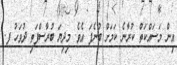
އިން މަސައްކަތް ކުރާނެ ކަމަށް ބުނެފަ އެވެ. މިދިޔަ ބުރާސްފަތި ދުވަހު ފ.